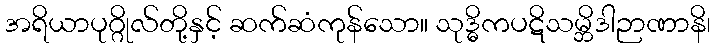
အရိယာပုဂ္ဂိုလ်တို့နှင့် ဆက်ဆံကုန်သော။ သုဒ္ဓိကပဋိသမ္ဘိဒါဉာဏာနိ၊